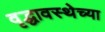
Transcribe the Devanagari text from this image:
वृद्धावस्थेच्या